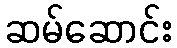
ဆမ်ဆောင်း